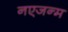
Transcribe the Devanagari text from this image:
नएजन्म